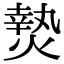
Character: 𭵴